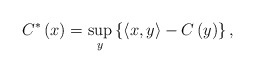
\begin{align*}C^{\ast}\left( x\right) =\sup_{y}\left\{ \left\langle x,y\right\rangle-C\left( y\right) \right\} ,\end{align*}